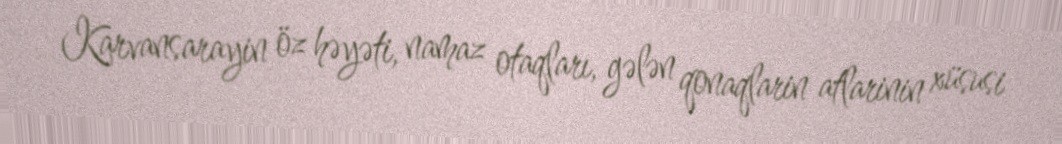
Karvansarayin öz həyəti, namaz otaqları, gələn qonaqlarin atlarinin xüsusi